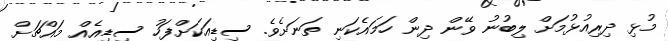
މުޅި ދިރިއުޅުމަށް ލިބުނު ވޭން ދިން ހަމައެކަނި ތަނަށެވެ. ސިޑިއަކަށްފަހު ސިޑިއެއް މައްޗަށް